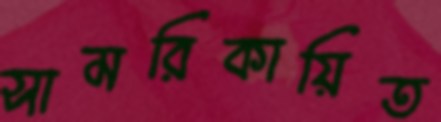
সামরিকায়িত